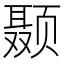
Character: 颞